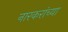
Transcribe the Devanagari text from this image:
नारकरांच्या